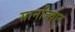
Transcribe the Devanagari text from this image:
सानलिवान